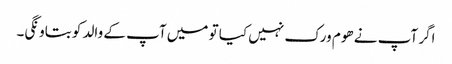
اگر آپ نے ھوم ورک نہیں کیا تو میں آپ کے والد کو بتاونگی۔